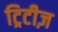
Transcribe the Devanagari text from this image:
ट्रिटीज़